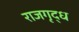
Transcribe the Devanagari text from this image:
राजगृद्ध